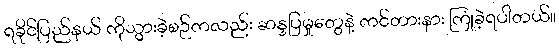
ရခိုင်ပြည်နယ် ကိုသွားခဲ့စဉ်ကလည်း ဆန္ဒပြမှုတွေနဲ့ ကင်တားနား ကြုံခဲ့ရပါတယ်။